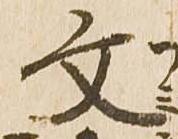
文